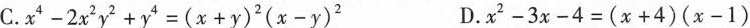
C.$$x ^ { 4 } - 2 x ^ { 2 } y ^ { 2 } + y 4 = ( x + y ) ^ { 2 } ( x - y ) ^ { 2 }$$ D.$$x ^ { 2 } - 3 x - 4 = ( x + 4 ) ( x - 1 )$$